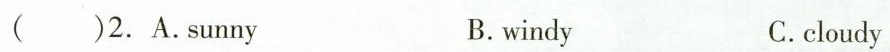
( )2. A.Sunny B.windy C.cloudy